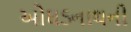
ઓઘડનાથની